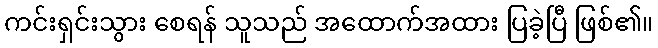
ကင်းရှင်းသွား စေရန် သူသည် အထောက်အထား ပြခဲ့ပြီ ဖြစ်၏။